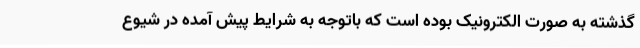
گذشته به صورت الکترونیک بوده است که باتوجه به شرایط پیش آمده در شیوع